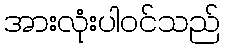
အားလုံးပါဝင်သည်